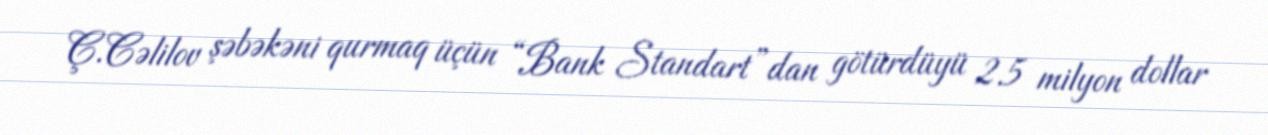
Ç.Cəlilov şəbəkəni qurmaq üçün “Bank Standart”dan götürdüyü 2.5 milyon dollar